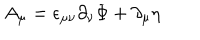
A _ { \mu } = \epsilon _ { \mu \nu } \partial _ { \nu } \Phi + \partial _ { \mu } \eta